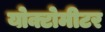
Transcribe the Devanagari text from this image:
योक्टोमीटर